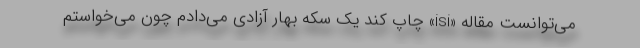
می‌توانست مقاله «isi» چاپ کند یک سکه بهار آزادی می‌دادم چون می‌خواستم